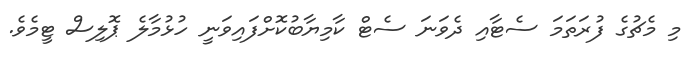
މި މެޗުގެ ފުރަތަމަ ސެޓާއި ދެވަނަ ސެޓް ކާމިޔާބުކޮށްފައިވަނީ ހުޅުމާލެ ޕޮލިސް ޓީމެވެ.